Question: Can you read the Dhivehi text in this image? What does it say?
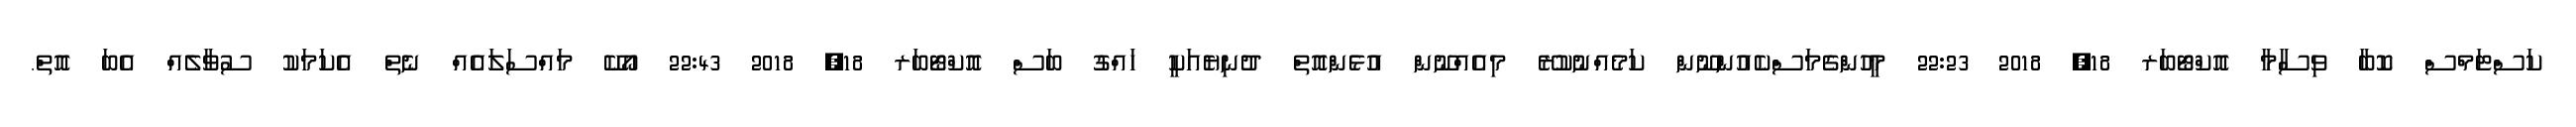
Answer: ކަސްޓަމްސް ކޮބާ ވިސާމާ އޮކްޓޯބަރ 18, 2018 22:23 މީހުންގެމަސްކެއުންނޫން ކަމެއްނުކުރޭ މިއެއްނޫން އުޅެންއޮތް ދުނިޔެއަކީ ހައްގު ބަސް އޮކްޓޯބަރ 18, 2018 22:43 އޯކޭ މައްސަލައެއް ނެތް އެކަމަކު ސުވާލެއް އެބަ އޮތް.